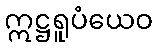
ဣဋ္ဌရူပံယေဝ